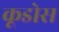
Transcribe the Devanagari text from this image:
कूडोस